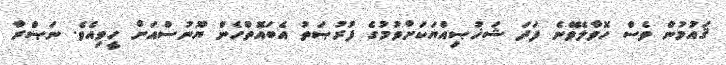
ޤައުމުން ވެސް ހޮވާލެވޭނެ ފަދަ ޝަޚުޞިއްޔަކަށްވުމުގެ ފުރުޞަތު އެބައޮތްހެން ޔޫނުސްއަށް ހީވިއެވެ. ނަޞްރާ